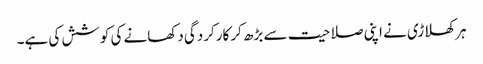
ہر کھلاڑی نے اپنی صلاحیت سے بڑھ کر کارکردگی دکھانے کی کوشش کی ہے۔